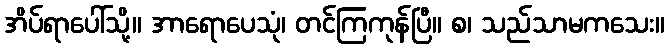
အိပ်ရာပေါ်သို့။ အာရောပေသုံ၊ တင်ကြကုန်ပြီ။ စ၊ သည်သာမကသေး။